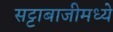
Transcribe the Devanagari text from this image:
सट्टाबाजीमध्ये